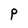
Character: P